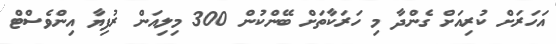
އަހަރަށް ކުރިއަށް ގެންދާ މި ހަރަކާތަށް ބޭންކުން 300 މިލިއަން ރުފިޔާ އިންވެސްޓް